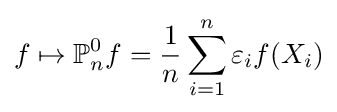
f\mapsto \mathbb {P} _{n}^{0}f={\dfrac {1}{n}}\sum _{i=1}^{n}\varepsilon _{i}f(X_{i})